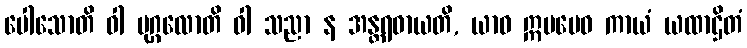
ပေါသောတိ ဝါ ပုဂ္ဂလောတိ ဝါ သညာ န အန္တရဓာယတိ, ယာဝ ဣမမေဝ ကာယံ ယထာဌိတံ